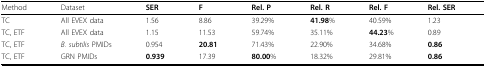
<table><thead><tr><td><b>Method</b></td><td><b>Dataset</b></td><td><b>SER</b></td><td><b>F</b></td><td><b>Rel. P</b></td><td><b>Rel. R</b></td><td><b>Rel. F</b></td><td><b>Rel. SER</b></td></tr></thead><tbody><tr><td>TC</td><td>All EVEX data</td><td>1.56</td><td>8.86</td><td>39.29%</td><td><b>41.98</b>%</td><td>40.59%</td><td>1.23</td></tr><tr><td>TC, ETF</td><td>All EVEX data</td><td>1.15</td><td>11.53</td><td>59.74%</td><td>35.11%</td><td><b>44.23</b>%</td><td>0.89</td></tr><tr><td>TC, ETF</td><td><i>B. subtilis </i>PMIDs</td><td>0.954</td><td><b>20.81</b></td><td>71.43%</td><td>22.90%</td><td>34.68%</td><td><b>0.86</b></td></tr><tr><td>TC, ETF</td><td>GRN PMIDs</td><td><b>0.939</b></td><td>17.39</td><td><b>80.00</b>%</td><td>18.32%</td><td>29.81%</td><td><b>0.86</b></td></tr></tbody></table>